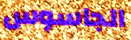
الجاسوس